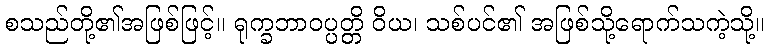
စသည်တို့၏အဖြစ်ဖြင့်။ ရုက္ခဘာဝပ္ပတ္တိ ဝိယ၊ သစ်ပင်၏ အဖြစ်သို့ရောက်သကဲ့သို့။